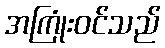
အကြုံးဝင်သည်